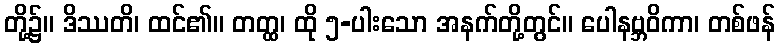
တို့၌။ ဒိဿတိ၊ ထင်၏။ တတ္ထ၊ ထို ၅-ပါးသော အနက်တို့တွင်။ ပေါနဗ္ဘဝိကာ၊ တစ်ဖန်